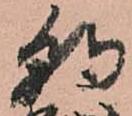
朝